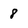
Character: 8